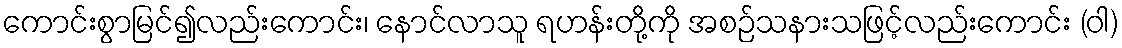
ကောင်းစွာမြင်၍လည်းကောင်း၊ နောင်လာသူ ရဟန်းတို့ကို အစဉ်သနားသဖြင့်လည်းကောင်း (ဝါ)